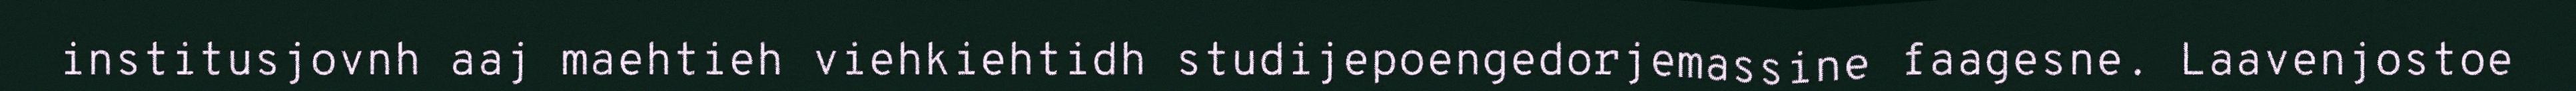
institusjovnh aaj maehtieh viehkiehtidh studijepoengedorjemassine faagesne. Laavenjostoe